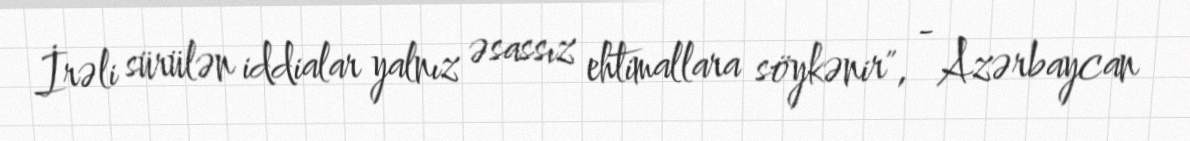
İrəli sürülən iddialar yalnız əsassız ehtimallara söykənir", - Azərbaycan